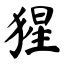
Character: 猩